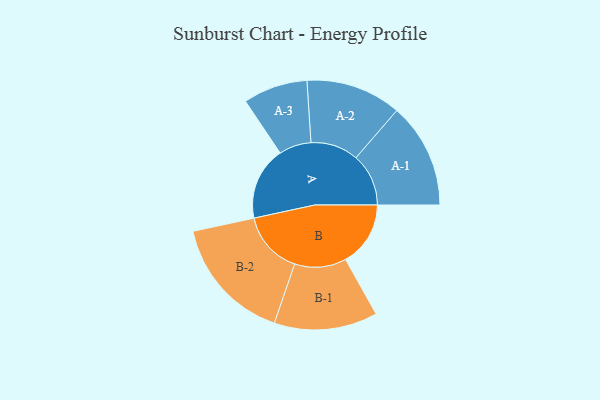
{"axis": {"x": "Segment", "y": "Value"}, "legend": ["", "A", "B"], "data": [{"x": "A", "y": 331, "type": ""}, {"x": "B", "y": 294, "type": ""}, {"x": "A-1", "y": 238, "type": "A"}, {"x": "A-2", "y": 216, "type": "A"}, {"x": "A-3", "y": 146, "type": "A"}, {"x": "B-1", "y": 234, "type": "B"}, {"x": "B-2", "y": 285, "type": "B"}]}